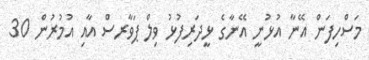
މަސްހިފަން އޭނާ އުޅުނީ އޭނާގެ ޅީދަރިފުޅު ވިލް ޕަވާރސް އާއި އުމުރުން 30